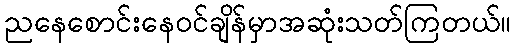
ညနေစောင်းနေဝင်ချိန်မှာအဆုံးသတ်ကြတယ်။